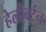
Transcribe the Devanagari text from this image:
हेलीबर्टन